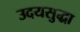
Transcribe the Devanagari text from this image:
उदयसुद्धा